Report on lock hospitals in British Burma
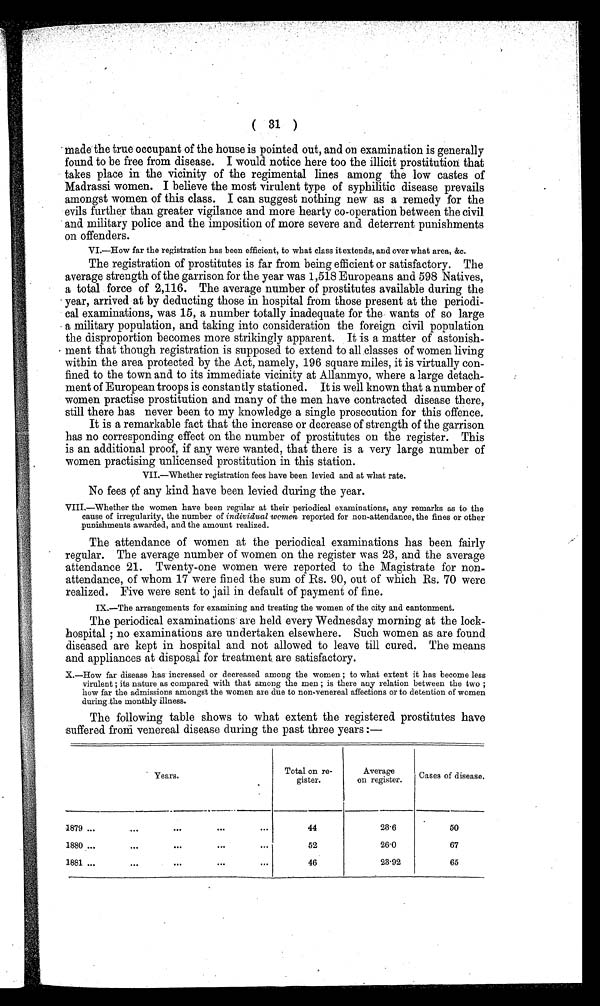
( 31 )
Made the true occupant of the house is pointed out, and on examination is generally
found to be free from disease. I would notice here too the illicit prostitution that
takes place in the vicinity of the regimental lines among the low castes of
Madrassi women. I believe the most virulent type of syphilitic disease prevails
amongst women of this class. I can suggest nothing new as a remedy for the
evils further than greater vigilance and more hearty co-operation between the civil
and military police and the imposition of more severe and deterrent punishments
on offenders.
VI.—How far the registration has been efficient, to what class it extends, and over what area, &c.
The registration of prostitutes is far from being efficient or satisfactory. The
average strength of the garrison for the year was 1,518 Europeans and 598 Natives,
a total force of 2,116. The average number of prostitutes available during the
year, arrived at by deducting those in hospital from those present at the periodi-
cal examinations, was 15, a number totally inadequate for the wants of so large
a military population, and taking into consideration the foreign civil population
the disproportion becomes more strikingly apparent. It is a matter of astonish-
-ment that though registration is supposed to extend to all classes of women living
within the area protected by the Act, namely, 196 square miles, it is virtually con-
-fined to the town and to its immediate vicinity at Allanmyo, where a large detach--
ment of European troops is constantly stationed. It is well known that a number of
women practise prostitution and many of the men have contracted disease there,
still there has never been to my knowledge a single prosecution for this offence.
It is a remarkable fact that the increase or decrease of strength of the garrison
has no corresponding effect on the number of prostitutes on the register. This
is an additional proof, if any were wanted, that there is a very large number of
women practising unlicensed prostitution in this station.
VII.—Whether registration fees have been levied and at what rate.
No fees of any kind have been levied during the year.
VIII—Whether the women have been regular at their periodical examinations, any remarks as to the
cause of irregularity, the number of individual women reported for non-attendance, the fines or other
punishments awarded, and the amount realized.
The attendance of women at the periodical examinations has been fairly
regular. The average number of women on the register was 23, and the average
attendance 21. Twenty-one women were reported to the Magistrate for non-
attendance, of whom 17 were fined the sum of Rs. 90, out of which Rs. 70 were
realized. Five were sent to jail in default of payment of fine.
IX.—The arrangements for examining and treating the women of the city and cantonment.
The periodical examinations are held every Wednesday morning at the lock-
hospital ; no examinations are undertaken elsewhere. Such women as are found
diseased are kept in hospital and not allowed to leave till cured. The means
and appliances at disposal for treatment. are satisfactory.
X.—How far disease has increased or decreased among the women ; to what extent it has become less
virulent ; its nature as compared with that among the men ; is there any relation between the two ;
how far the admissions amongst the women are due to non-venereal affections or to detention of women
during the monthly illness.
The following table shows to what extent the registered prostitutes have
:suffered froth venereal disease during the past three years
Years.
Total on re-
gister.
A v e r a g e o n r e g i s t e r .
Cases of disease.
1879 ...
....
. . .
. . .
. . .
44
23.6
50
1880 ...
. . .
. . .
. . .
. . .
52
26.0
67
1881 ...
. . .
. . .
. . .
. . .
46
23.92
65